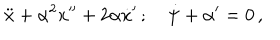
\ddot { x } + \alpha ^ { 2 } x ^ { \prime \prime } + 2 \alpha \dot { x } ^ { \prime } \, ; \quad \dot { \psi } + \alpha ^ { \prime } = 0 \, ,